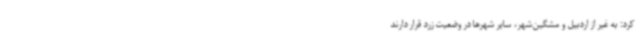
کرد: به غیر از اردبیل و مشگین‌شهر، سایر شهرها در وضعیت زرد قرار دارند